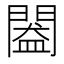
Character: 𨵲